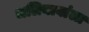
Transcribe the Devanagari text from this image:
जलियावांला